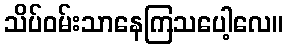
သိပ်ဝမ်းသာနေကြသပေါ့လေ။